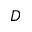
D